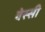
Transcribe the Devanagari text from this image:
वेस्सी